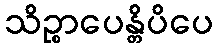
သိဉ္စာပေန္တိပိပေ